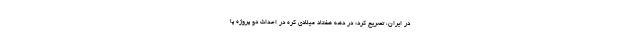
در ایران، تصریح کرد: در دهه هفتاد میلادی کره در احداث دو پروژه پا